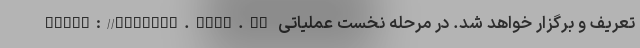
https://auction.ikco.ir تعریف و برگزار خواهد شد. در مرحله نخست عملیاتی